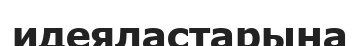
идеяластарына